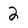
Character: 2